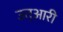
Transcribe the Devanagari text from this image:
उत्आरी